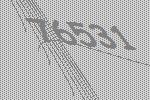
76531